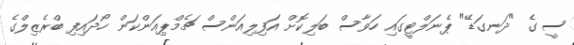
ސީ ގެ "ދަނގަޑޭ" ޕެނަލްޓީގައި ހަވާސް ބަލިކޮށް އަފިލިއަންސް ޗެމްޕިއަންކަން ހޯދައިފި ބްރެޒިލްގެ